Annual administration report of the Civil Veterinary Department of India - 1908-1909
Year: 1908
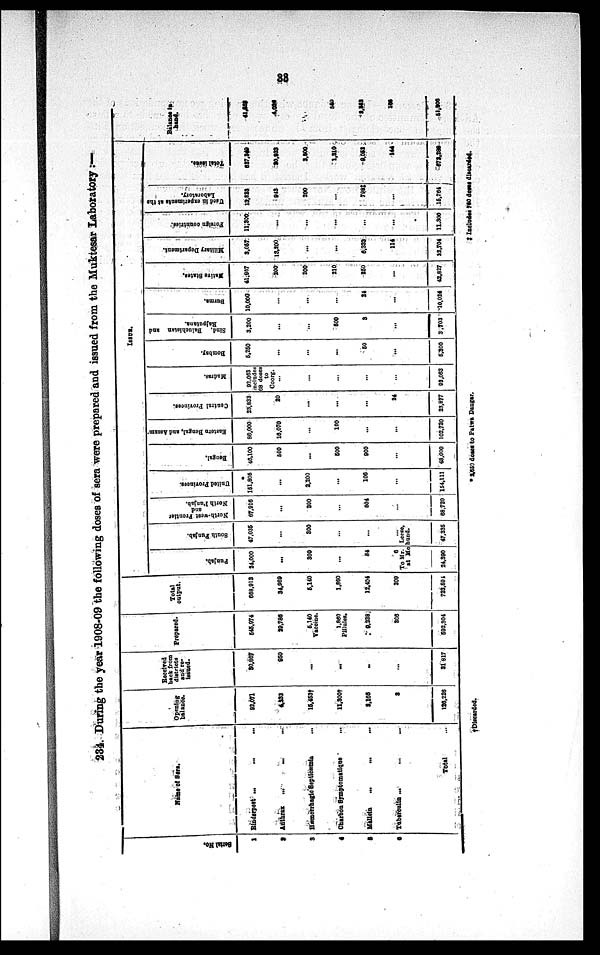
38
234. During the year 1908-09 the following doses of sera were prepared and issued from the Muktesar Laboratory:—
Serial No.
1
2
3
4
5
6
Name of Sers.
Rinderpest ... ... ...
Anthrax ... ...
Hæmorrhagic Septicæmia ...
Charbon Symptomatique ...
Mallain ... ...
Tuberculin ... ... ...
Total ...
Opening
balance.
92,071
4,233
15,453†
11,300†
3,166
3
136,225
Received
back from
districts
and re-
leaned.
30,867
950
...
...
..
...
31 817
Prepared.
545,974
29,786
5,140
Vaccine.
1,860
Pillules.
9,388
305
592,304
Total
output.
668,912
34,969
5,140
1,860
12,404
309
To Mr.
at Mo
723,594
ISSUE.
Punjab.
24,000
...
300
...
84
6
Leese.
hund
24,390
South Punjab.
47,035
...
300
...
...
...
47,335
North-west Frontier
and
North Punjab.
67,916
...
300
...
504
...
68,720
United Prorinces.
151,805
...
2,200
...
106
...
154,111
Bengal.
46,100
500
...
500
900
...
48,000
Eastern Bengal, and Assam
86,000
16,070
...
100
...
...
102,720
Central Provinces.
23,833
20
...
...
...
24
23,877
Madras.
92,063
includes
68 doses
to
Coorg.
...
...
...
...
92,063
Bombay.
5,250
...
...
...
50
...
5,300
Sind, Baluchistan and
Rajputana.
3,200
...
...
600
3
...
3,703
Burma.
10,000
...
...
...
24
...
10,024
Native States.
41,967
200
200
210
250
...
42,827
Military Department.
3,057
13,200
...
...
6,333
114
22,704
Foreign countries:
11,300
...
...
...
...
...
11,300
Used
in experiments at the
Laboratory.
13,823
943
200
...
798‡
...
15,764
Total issue.
627,349
30,883
3,500
1,310
9,053
144
972,289
Balanse in
hand.
41,608
4,088
550
8,882
100
51,806
†Disscarded.
* 2650 doses to Patwa Dangar.
‡ Includes760 doses discarded.